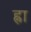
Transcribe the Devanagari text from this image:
ह्ना